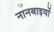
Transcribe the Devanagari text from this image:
नानबाइयों